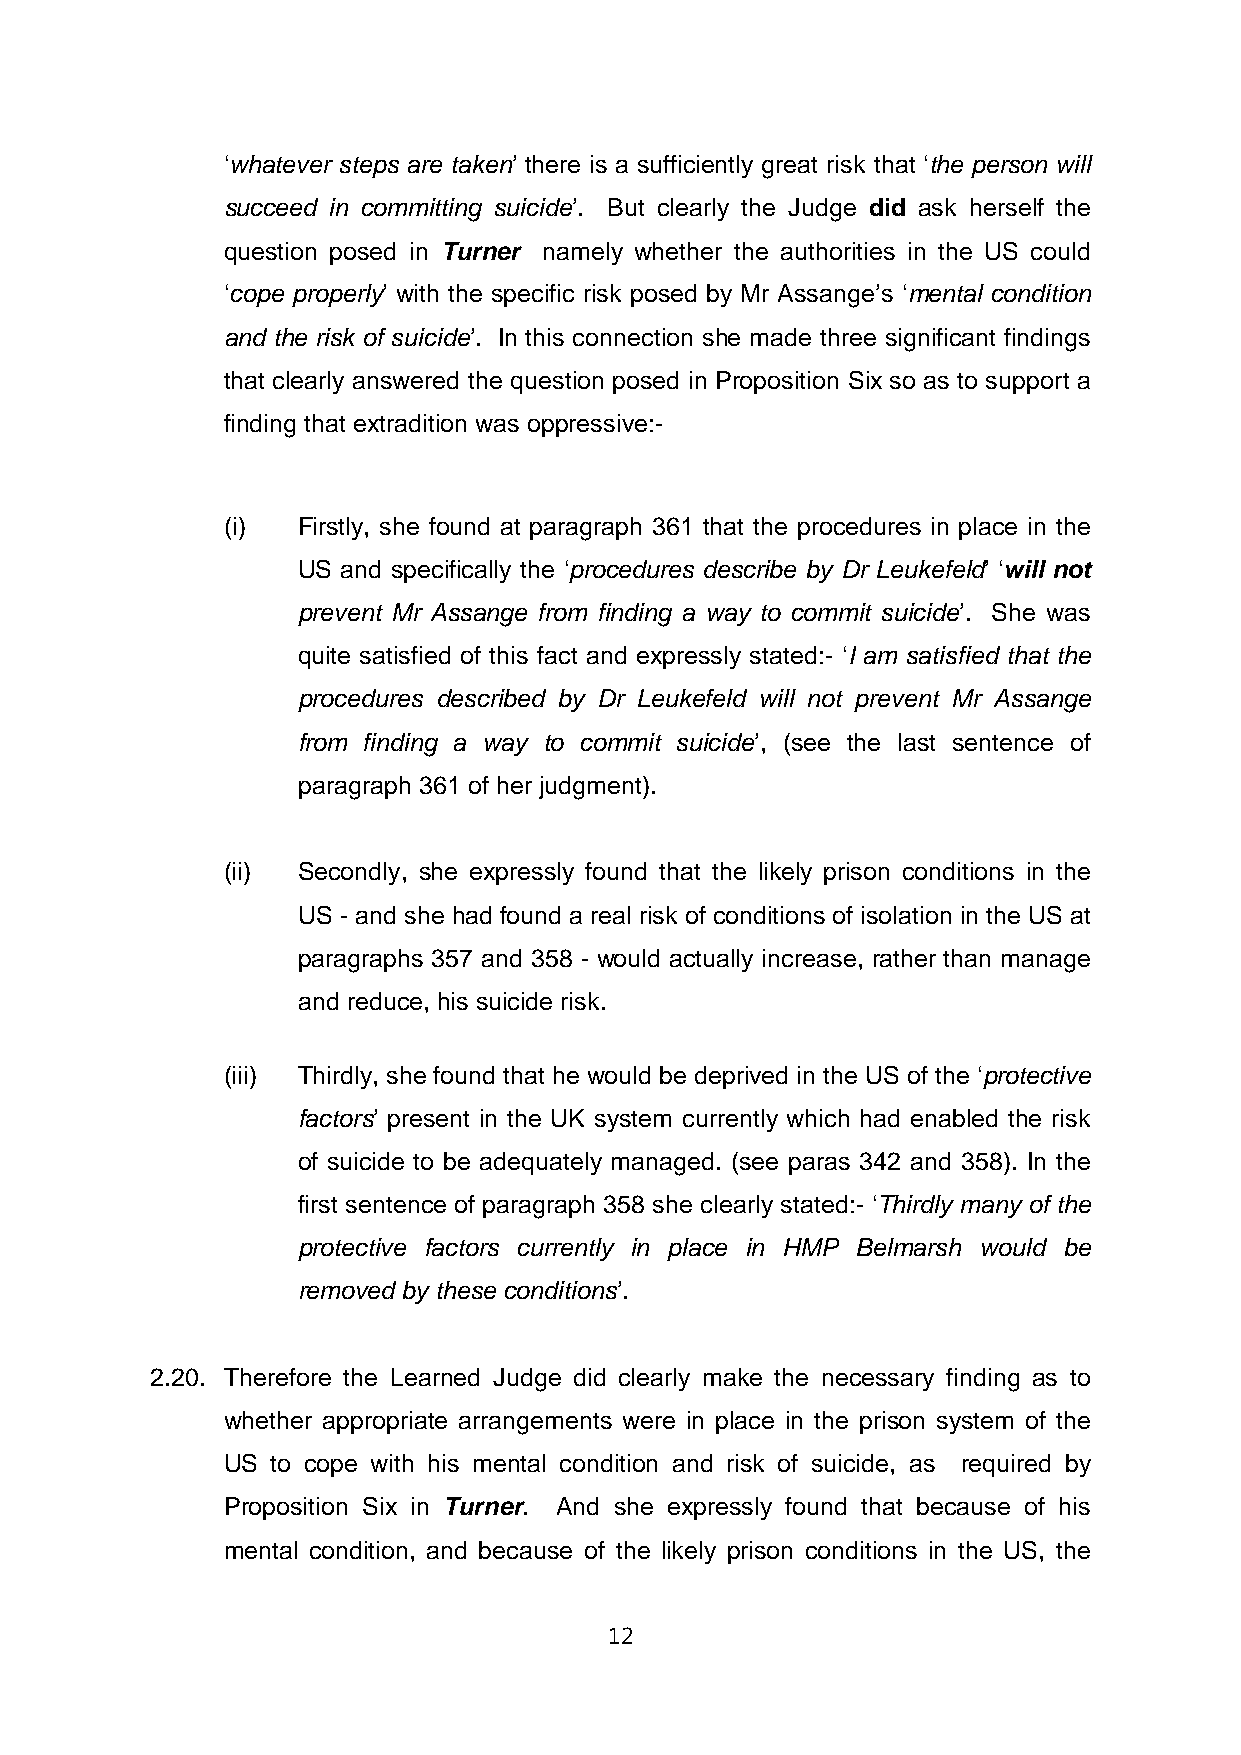
‘whatever steps are taken’ there is a sufficiently great risk that ‘the person will
 succeed in committing suicide’. But clearly the Judge did ask herself the
 question posed in Turner namely whether the authorities in the US could
 ‘cope properly’ with the specific risk posed by Mr Assange’s ‘mental condition
 and the risk of suicide’. In this connection she made three significant findings
 that clearly answered the question posed in Proposition Six so as to support a
 finding that extradition was oppressive:-
 (i)  Firstly, she found at paragraph 361 that the procedures in place in the
 US and specifically the ‘procedures describe by Dr Leukefeld’ ‘will not
 prevent Mr Assange from finding a way to commit suicide’. She was
 quite satisfied of this fact and expressly stated:- ‘I am satisfied that the
 procedures described by Dr Leukefeld will not prevent Mr Assange
 from finding a way to commit suicide’, (see the last sentence of
 paragraph 361 of her judgment).
 (ii) Secondly, she expressly found that the likely prison conditions in the
 US - and she had found a real risk of conditions of isolation in the US at
 paragraphs 357 and 358 - would actually increase, rather than manage
 and reduce, his suicide risk.
 (iii) Thirdly, she found that he would be deprived in the US of the ‘protective
 factors’ present in the UK system currently which had enabled the risk
 of suicide to be adequately managed. (see paras 342 and 358). In the
 first sentence of paragraph 358 she clearly stated:- ‘Thirdly many of the
 protective factors currently in place in HMP Belmarsh would be
 removed by these conditions’.
 2.20. Therefore the Learned Judge did clearly make the necessary finding as to
 whether appropriate arrangements were in place in the prison system of the
 US to cope with his mental condition and risk of suicide, as required by
 Proposition Six in Turner. And she expressly found that because of his
 mental condition, and because of the likely prison conditions in the US, the
 12